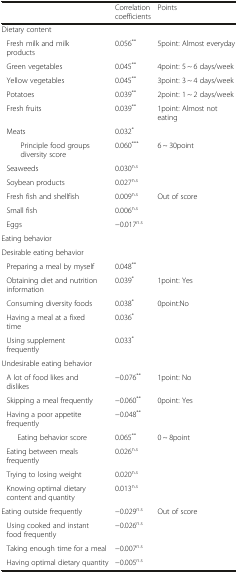
<table><thead><tr><td></td><td><b>Correlation coefficients</b></td><td><b>Points</b></td></tr></thead><tbody><tr><td>Dietary content</td><td></td><td></td></tr><tr><td>Fresh milk and milk products</td><td>0.056<sup>**</sup></td><td>5point: Almost everyday</td></tr><tr><td>Green vegetables</td><td>0.045<sup>**</sup></td><td>4point: 5 ~ 6 days/week</td></tr><tr><td>Yellow vegetables</td><td>0.045<sup>**</sup></td><td>3point: 3 ~ 4 days/week</td></tr><tr><td>Potatoes</td><td>0.039<sup>**</sup></td><td>2point: 1 ~ 2 days/week</td></tr><tr><td>Fresh fruits</td><td>0.039<sup>**</sup></td><td>1point: Almost not eating</td></tr><tr><td>Meats</td><td>0.032<sup>*</sup></td><td></td></tr><tr><td>Principle food groups diversity score</td><td>0.060<sup>***</sup></td><td>6 ~ 30point</td></tr><tr><td>Seaweeds</td><td>0.030<sup>n.s</sup></td><td></td></tr><tr><td>Soybean products</td><td>0.027<sup>n.s</sup></td><td></td></tr><tr><td>Fresh fish and shellfish</td><td>0.009<sup>n.s</sup></td><td>Out of score</td></tr><tr><td>Small fish</td><td>0.006<sup>n.s</sup></td><td></td></tr><tr><td>Eggs</td><td>−0.017<sup>n.s</sup></td><td></td></tr><tr><td>Eating behavior</td><td></td><td></td></tr><tr><td>Desirable eating behavior</td><td></td><td></td></tr><tr><td>Preparing a meal by myself</td><td>0.048<sup>**</sup></td><td></td></tr><tr><td>Obtaining diet and nutrition information</td><td>0.039<sup>*</sup></td><td>1point: Yes</td></tr><tr><td>Consuming diversity foods</td><td>0.038<sup>*</sup></td><td>0point:No</td></tr><tr><td>Having a meal at a fixed time</td><td>0.036<sup>*</sup></td><td></td></tr><tr><td>Using supplement frequently</td><td>0.033<sup>*</sup></td><td></td></tr><tr><td>Undesirable eating behavior</td><td></td><td></td></tr><tr><td>A lot of food likes and dislikes</td><td>−0.076<sup>**</sup></td><td>1point: No</td></tr><tr><td>Skipping a meal frequently</td><td>−0.060<sup>**</sup></td><td>0point: Yes</td></tr><tr><td>Having a poor appetite frequently</td><td>−0.048<sup>**</sup></td><td></td></tr><tr><td>Eating behavior score</td><td>0.065<sup>**</sup></td><td>0 ~ 8point</td></tr><tr><td>Eating between meals frequently</td><td>0.026<sup>n.s</sup></td><td></td></tr><tr><td>Trying to losing weight</td><td>0.020<sup>n.s</sup></td><td></td></tr><tr><td>Knowing optimal dietary content and quantity</td><td>0.013<sup>n.s</sup></td><td></td></tr><tr><td>Eating outside frequently</td><td>−0.029<sup>n.s</sup></td><td>Out of score</td></tr><tr><td>Using cooked and instant food frequently</td><td>−0.026<sup>n.s</sup></td><td></td></tr><tr><td>Taking enough time for a meal</td><td>−0.007<sup>n.s</sup></td><td></td></tr><tr><td>Having optimal dietary quantity</td><td>−0.005<sup>n.s</sup></td><td></td></tr></tbody></table>